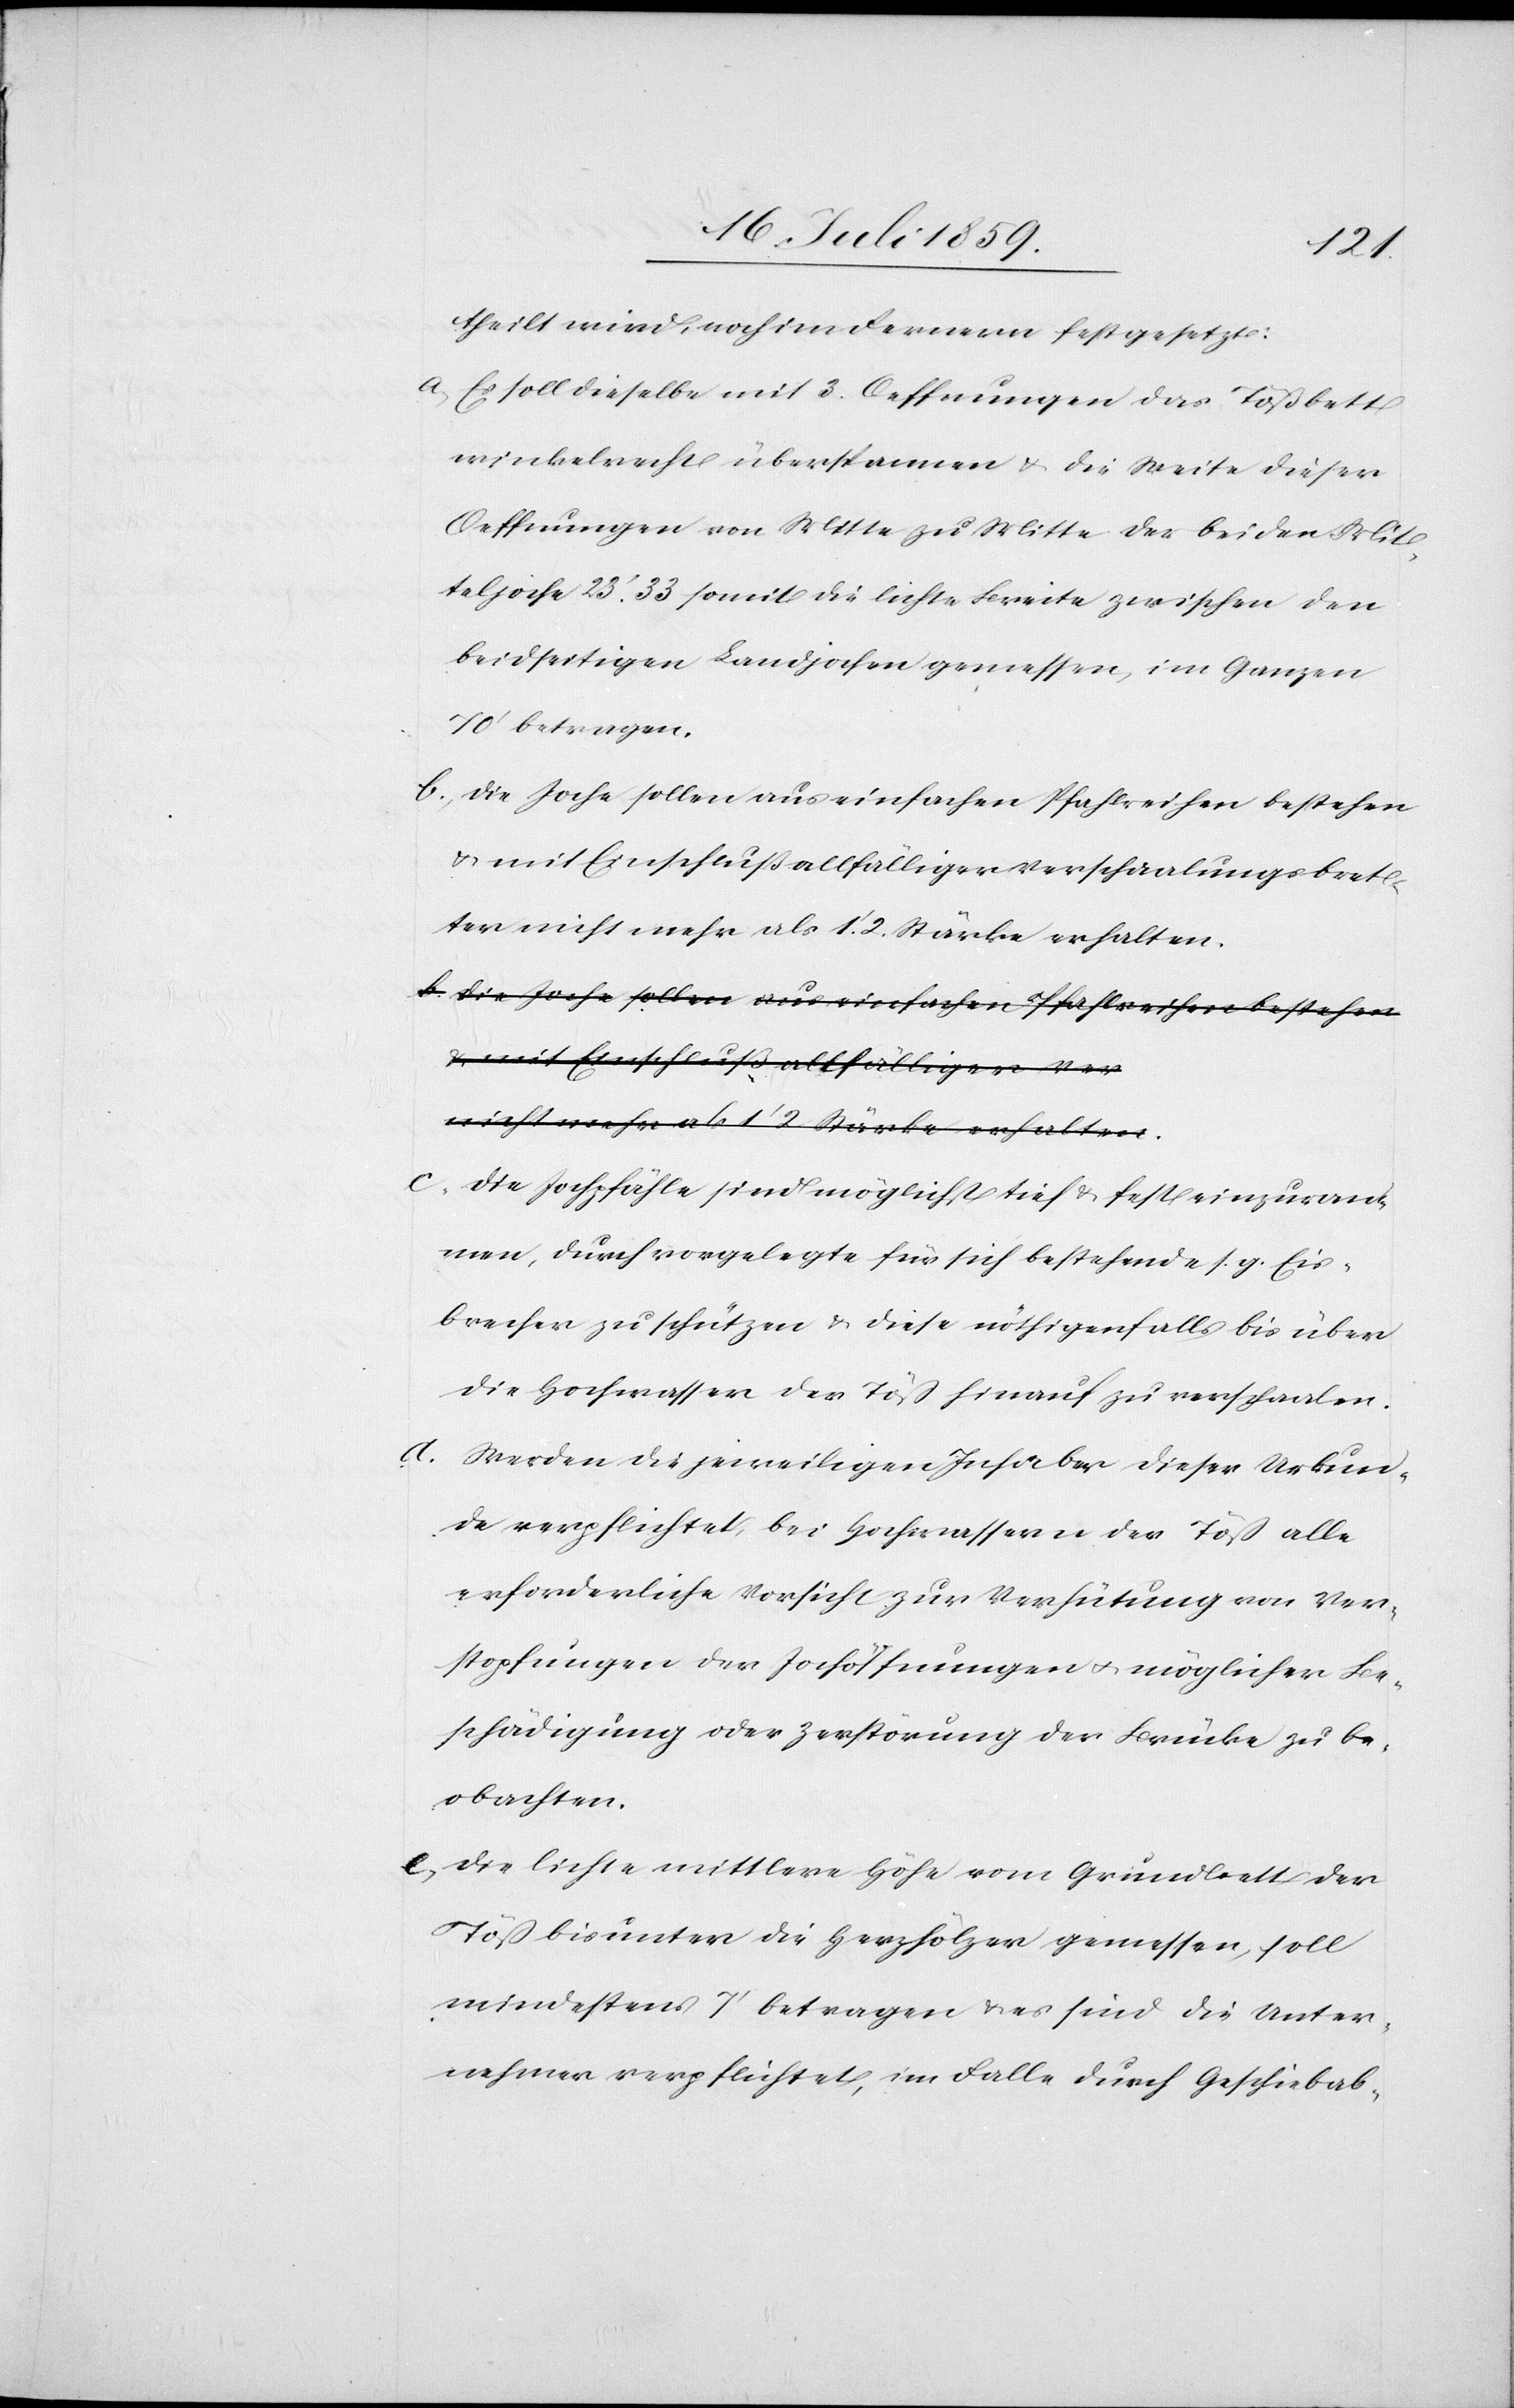
theilt wird, noch im Fernern festgesetzt:
a. Es soll dieselbe mit 3. Oeffnungen das Tößbett
winkelrecht überspannen u. die Seite dieser
Oeffnungen von Mitte zu Mitte der beiden Mit¬
teljoche 23’. 33 somit die lichte Breite zwischen den
beidseitigen Landjochen gemessen, im Ganzen
70’ betragen.
b. Die Joche sollen aus einfachen Pfahlreihen bestehen
u. mit Einschluß allfälliger Verschaalungsbret¬
tern nicht mehr als 1.’ 2. Stärke erhalten.
c. Die Jochpfähle sind möglichst tief u. fest einzuram¬
men, durch vorgelegte für sich bestehende s. g. Eis¬
brecher zu schützen u. diese nöthigenfalls bis über
die Hochwasser der Töß hinauf zu verschaalen.
d. Werden die jeweiligen Inhaber dieser Urkun¬
de verpflichtet, bei Hochwasser der Töß alle
erforderliche Vorsicht zur Verhütung von Ver¬
stopfungen der Jochöffnungen u. möglicher Be¬
schädigung oder Zerstörung der Brücke zu be¬
obachten.
e. Die lichte mittelbare Höhe vom Grundbett der
Töß bis unter die Herzhölzer gemessen, soll
mindestens 7’ betragen u. es sind die Unter¬
nehmer verpflichtet, im Falle durch Geschiebab-